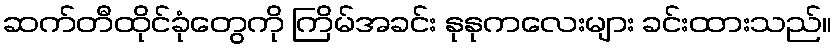
ဆက်တီထိုင်ခုံတွေကို ကြိမ်အခင်း နုနုကလေးများ ခင်းထားသည်။